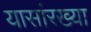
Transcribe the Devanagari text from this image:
यासांरख्या